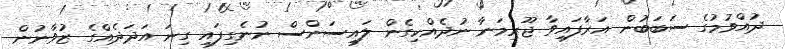
ދުއްވުމުގެ ސަބަބުން އަރާފައިވާ ޖޫރިމަނާ ނުދެއްކިގެން ލައިސަންސް ނުނެގިފައި ގިނަ އަދަދެއްގެ ޒުވާނުން